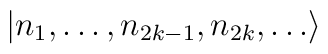
|n_{1},\dots ,n_{2k-1},n_{2k},\dots \rangle